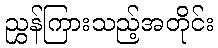
ညွှန်ကြားသည့်အတိုင်း